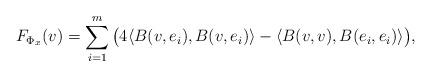
LaTeX: \begin{align*}F_{{\Phi}_x}(v)=\sum_{i=1}^m \big (4\langle B(v,e_i),B(v,e_i)\rangle-\langle B(v,v),B(e_i,e_i)\rangle\big ), \end{align*}